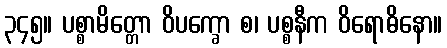
၃၄၅။ ပစ္စာမိတ္တော ဝိပက္ခော စ၊ ပစ္စနီက ဝိရောဓိနော။